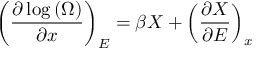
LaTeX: \left( { \frac { \partial \log \left( \Omega \right) } { \partial x } } \right) _ { E } = \beta X + \left( { \frac { \partial X } { \partial E } } \right) _ { x }